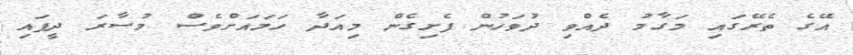
އޭގެ ތެރޭގައި މަގާމު ދެއްވި ދުވަހުން ފެށިގެން މިއަދާ ހަމައަށްވެސް މުސާރަ ދީފައި